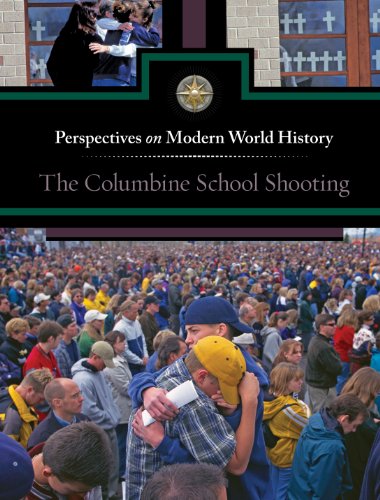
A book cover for The Columbine School Shooting (Perspectives on Modern World History); Louise I. Gerdes; Teen & Young Adult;